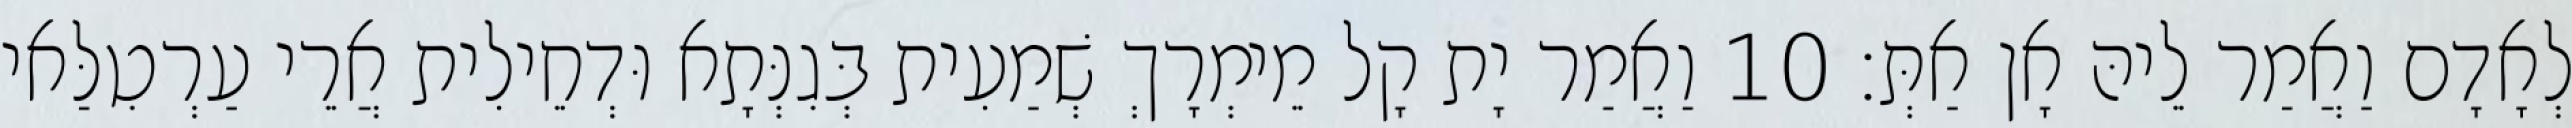
לְאָדָם וַאֲמַר לֵיהּ אָן אַתְּ׃ 10 וַאֲמַר יָת קָל מֵימְרָךְ שְׁמַעִית בְּגִנְּתָא וּדְחֵילִית אֲרֵי עַרְטִלַּאי